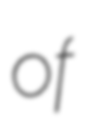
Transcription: of